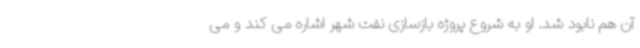
آن هم نابود شد. او به شروع پروژه بازسازی نفت شهر اشاره می کند و می